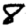
Digit: 8